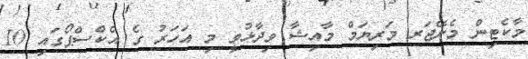
މާކެޓިން މެނޭޖަރ މަރިޔަމް މާއިޝާ ވިދާޅުވީ މި އަހަރު ގެ އެކްސްޕޯގައި 10